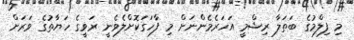
މި ފިލްމުގެ ބަތަލާ ރިޝްމީ އަހަރެމެންނަށް މި ފާހަގަކޮށްލެވެނީ ރަވީގެ ހަޔާތުގެ ވަރަށް